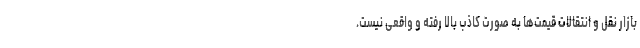
بازار نقل و انتقالات قیمت‌ها به صورت کاذب بالا رفته و واقعی نیست.